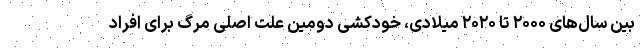
بین سال‌های ۲۰۰۰ تا ۲۰۲۰ میلادی، خودکشی دومین علت اصلی مرگ برای افراد